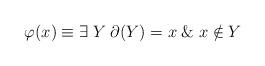
LaTeX: \begin{align*}\varphi(x)\equiv \exists \; Y \; \partial(Y)=x \; \& \; x\notin Y\end{align*}